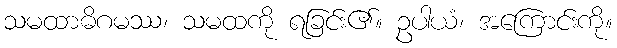
သမထာဓိဂမဿ၊ သမထကို ရခြင်း၏။ ဥပါယံ၊ အကြောင်းကို။